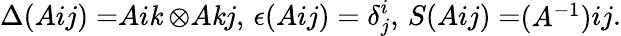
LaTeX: \Delta(\begin{array}{l}{{A}}\end{array}{i}{j})=\begin{array}{l}{{A}}\end{array}{i}{\mathit{k}}\otimes\begin{array}{l}{{A}}\end{array}{\mathit{k}}{j},\, \epsilon(\begin{array}{l}{{A}}\end{array}{i}{j})=\delta_{j}^{i},\, S(\begin{array}{l}{{A}}\end{array}{i}{j})=\begin{array}{l}{{(A^{-1})}}\end{array}{i}{j}.